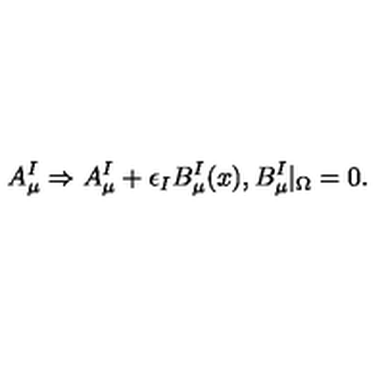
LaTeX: A _ { \mu } ^ { I } \Rightarrow A _ { \mu } ^ { I } + \epsilon _ { I } B _ { \mu } ^ { I } ( x ) , B _ { \mu } ^ { I } | _ { \Omega } = 0 .